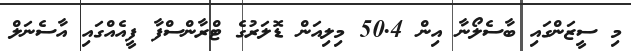
މި ސީޒަންގައި ބާސެލޯނާ އިން 50.4 މިލިއަން ޑޮލަރުގެ ޓްރާންސްފާ ފީއެއްގައި އާސެނަލް